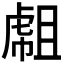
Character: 𧇇